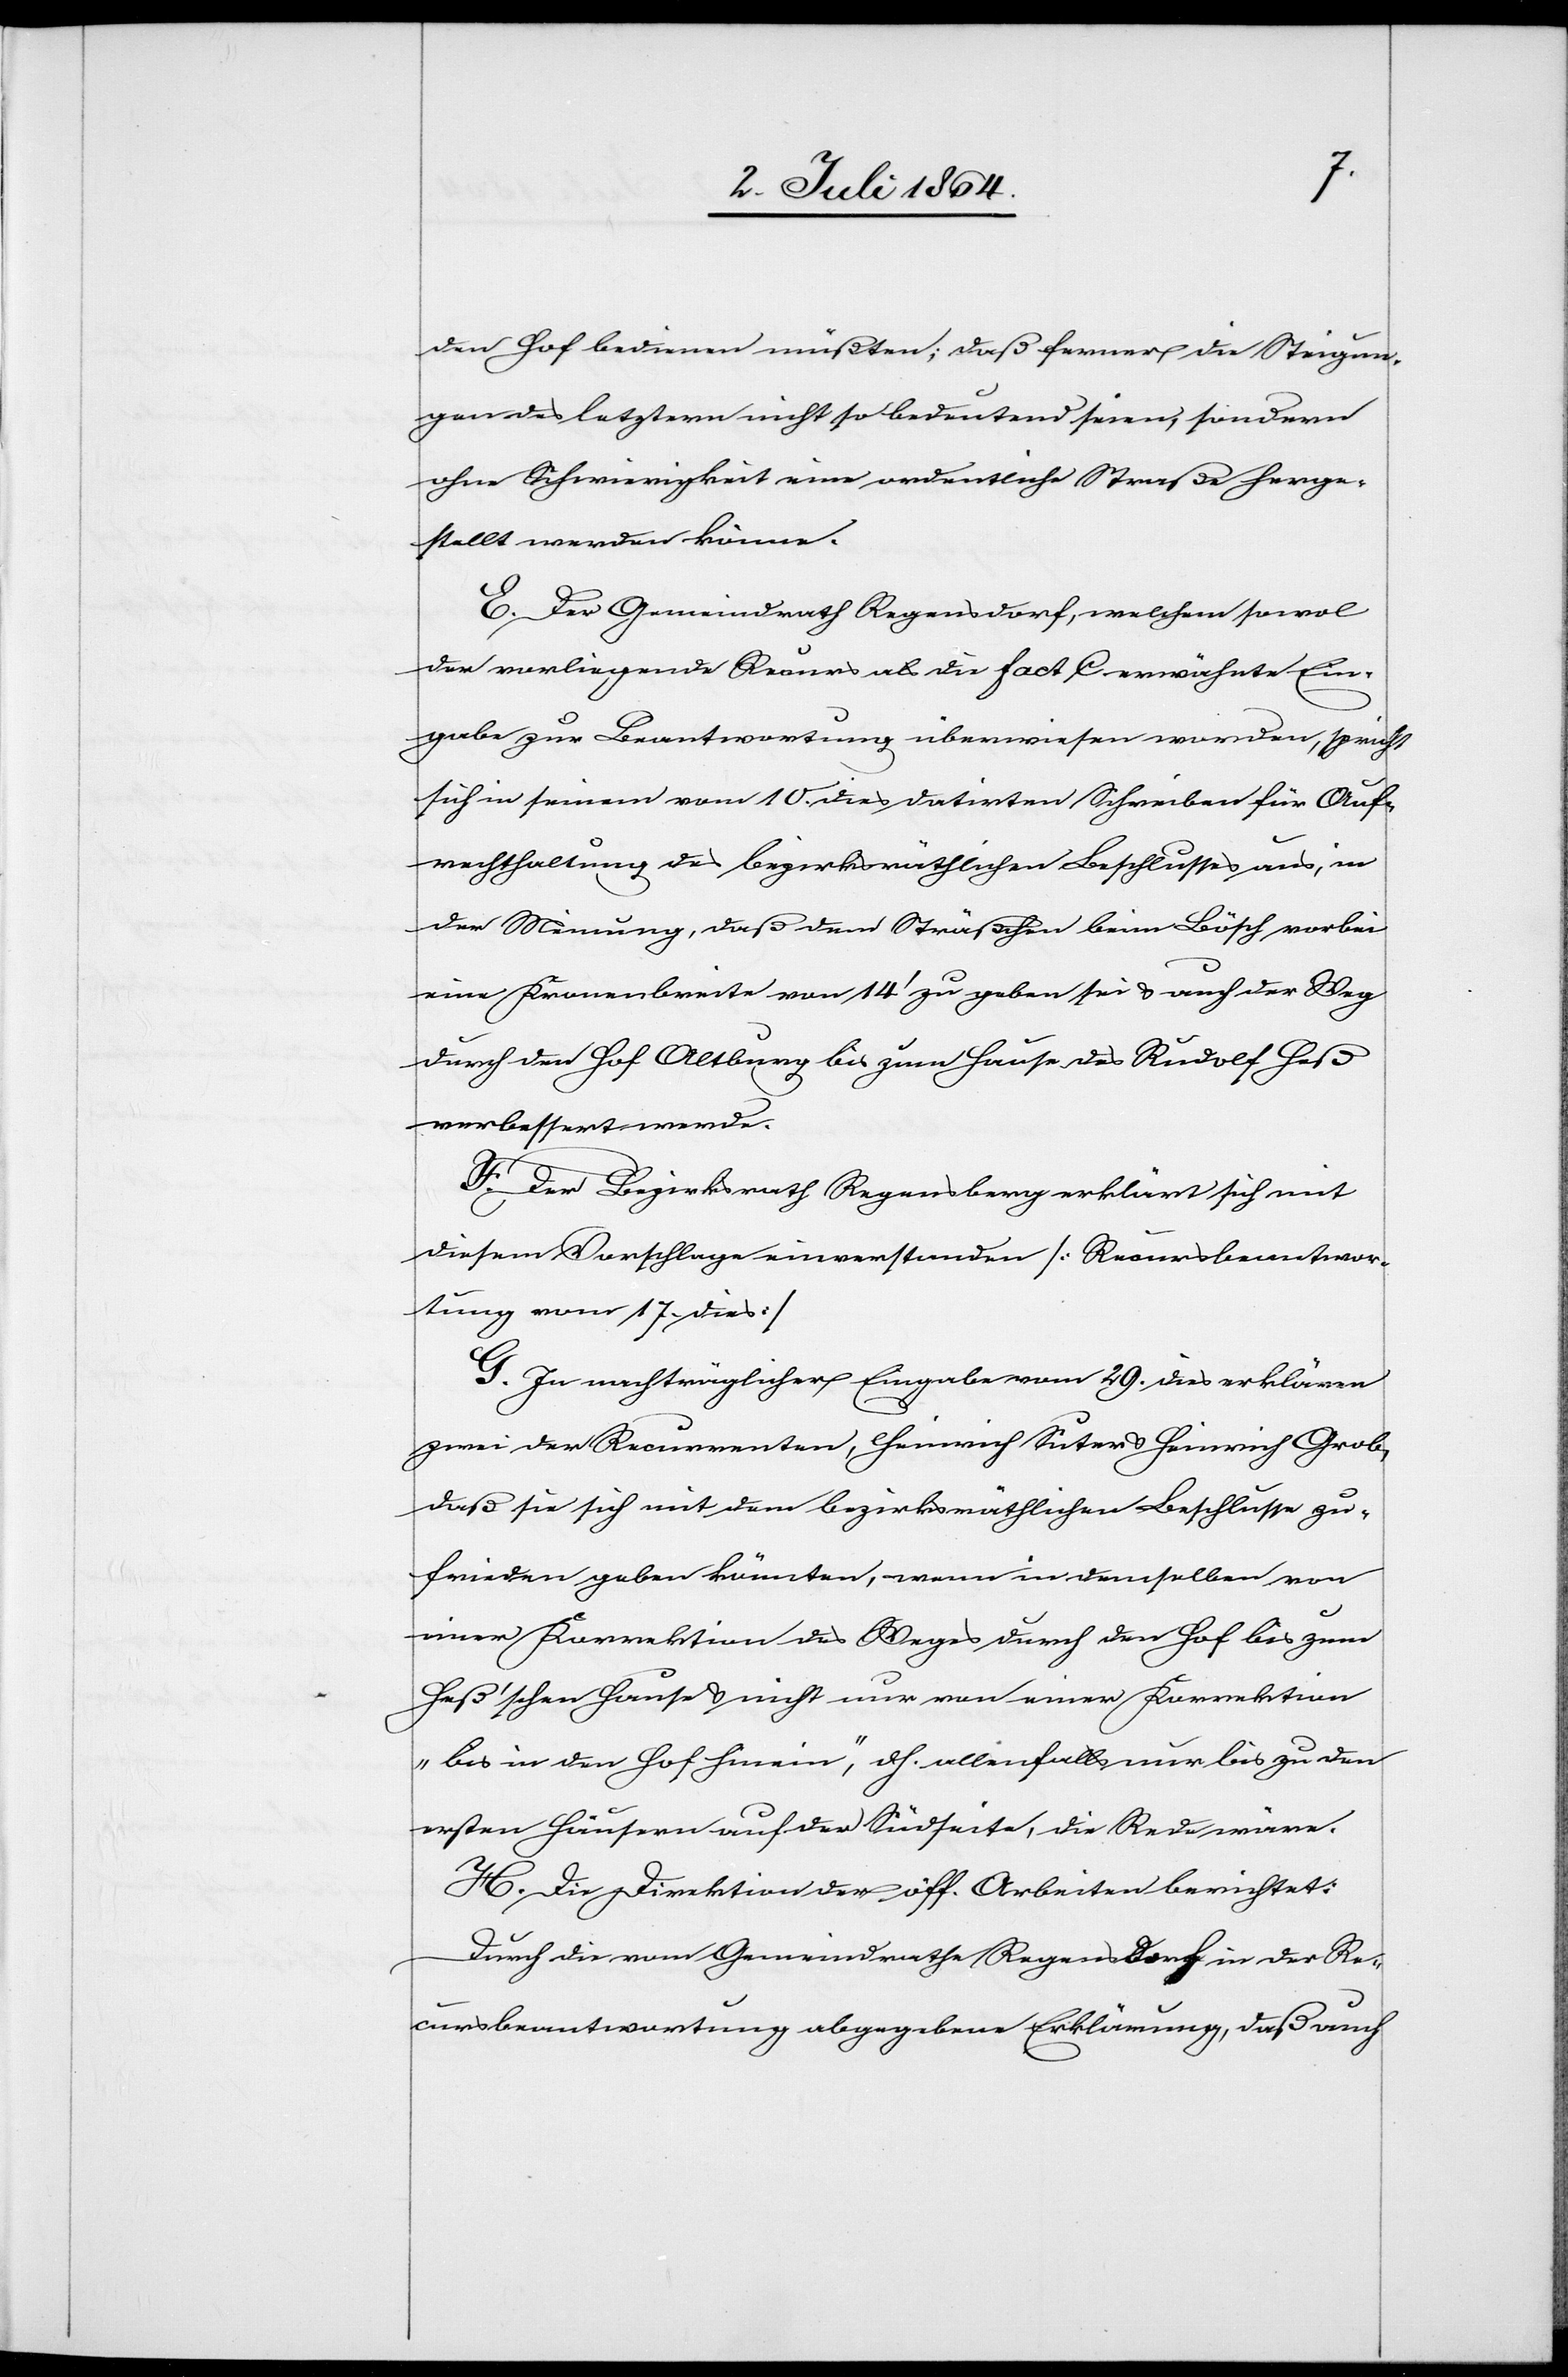
den Hof bedienen müßten; daß ferner die Steigun¬
gen des letztern nicht so bedeutend seien, sondern
ohne Schwierigkeit eine ordentliche Straße herge¬
stellt werden könne.
E. Der Gemeindrath Regensdorf, welchem sowol
der vorliegende Recurs als die fact C erwähnte Ein¬
gabe zur Beantwortung überwiesen worden, spricht
sich in seinem vom 10. dies datirten Schreiben für Auf¬
rechthaltung des bezirksräthlichen Beschlusses aus, in
der Meinung, daß dem Sträßchen beim Bösch vorbei
eine Kronenbreite von 14’ zu geben sei u. auch der Weg
durch den Hof Altburg bis zum Hause des Rudolf Heß
verbessert werde.
F. Der Bezirksrath Regensberg erklärt sich mit
diesem Vorschlage einverstanden [Recursbeantwor¬
tung vom 17. dies].
G. In nachträglicher Eingabe vom 29. dies erklären
zwei der Recurrenten, Heinrich Suter u. Heinrich Grob,
daß sie sich mit dem bezirksräthlichen Beschlusse zu¬
frieden geben könnten, wenn in demselben von
einer Korrektion des Weges durch den Hof bis zum
Heß’schen Hause u. nicht nur von einer Korrektion
„bis in den Hof hinein“, dh. allenfalls nur bis zu den
ersten Häusern auf der Südseite, die Rede wäre.
H. Die Direktion der öff. Arbeiten berichtet:
Durch die vom Gemeindrath Regensdorf in der Re¬
cursbeantwortung abgegebene Erklärung, daß auch